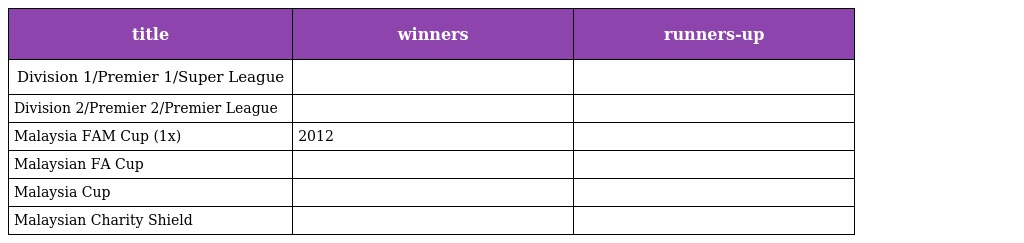
| title | winners | runners-up |
 | --- | --- | --- |
 | Division 1/Premier 1/Super League |  |  |
 | Division 2/Premier 2/Premier League |  |  |
 | Malaysia FAM Cup (1x) | 2012 |  |
 | Malaysian FA Cup |  |  |
 | Malaysia Cup |  |  |
 | Malaysian Charity Shield |  |  |